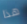
هذا